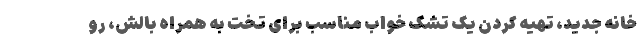
خانه جدید، تهیه کردن یک تشک خواب مناسب برای تخت به همراه بالش، رو